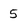
Character: 5